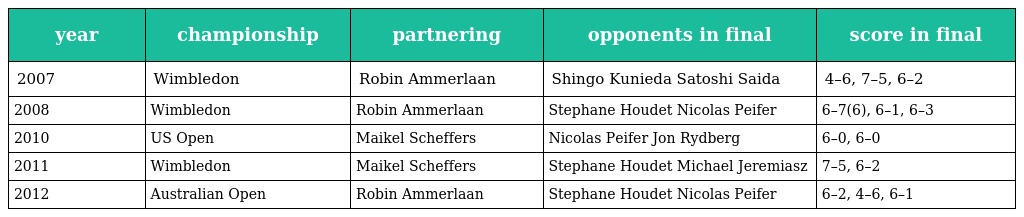
| year | championship | partnering | opponents in final | score in final |
 | --- | --- | --- | --- | --- |
 | 2007 | Wimbledon | Robin Ammerlaan | Shingo Kunieda Satoshi Saida | 4–6, 7–5, 6–2 |
 | 2008 | Wimbledon | Robin Ammerlaan | Stephane Houdet Nicolas Peifer | 6–7(6), 6–1, 6–3 |
 | 2010 | US Open | Maikel Scheffers | Nicolas Peifer Jon Rydberg | 6–0, 6–0 |
 | 2011 | Wimbledon | Maikel Scheffers | Stephane Houdet Michael Jeremiasz | 7–5, 6–2 |
 | 2012 | Australian Open | Robin Ammerlaan | Stephane Houdet Nicolas Peifer | 6–2, 4–6, 6–1 |